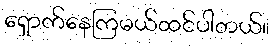
ရှောက်နေကြမယ်ထင်ပါတယ်။